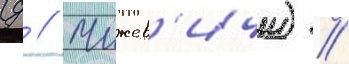
(д // Чижев'ичи) //